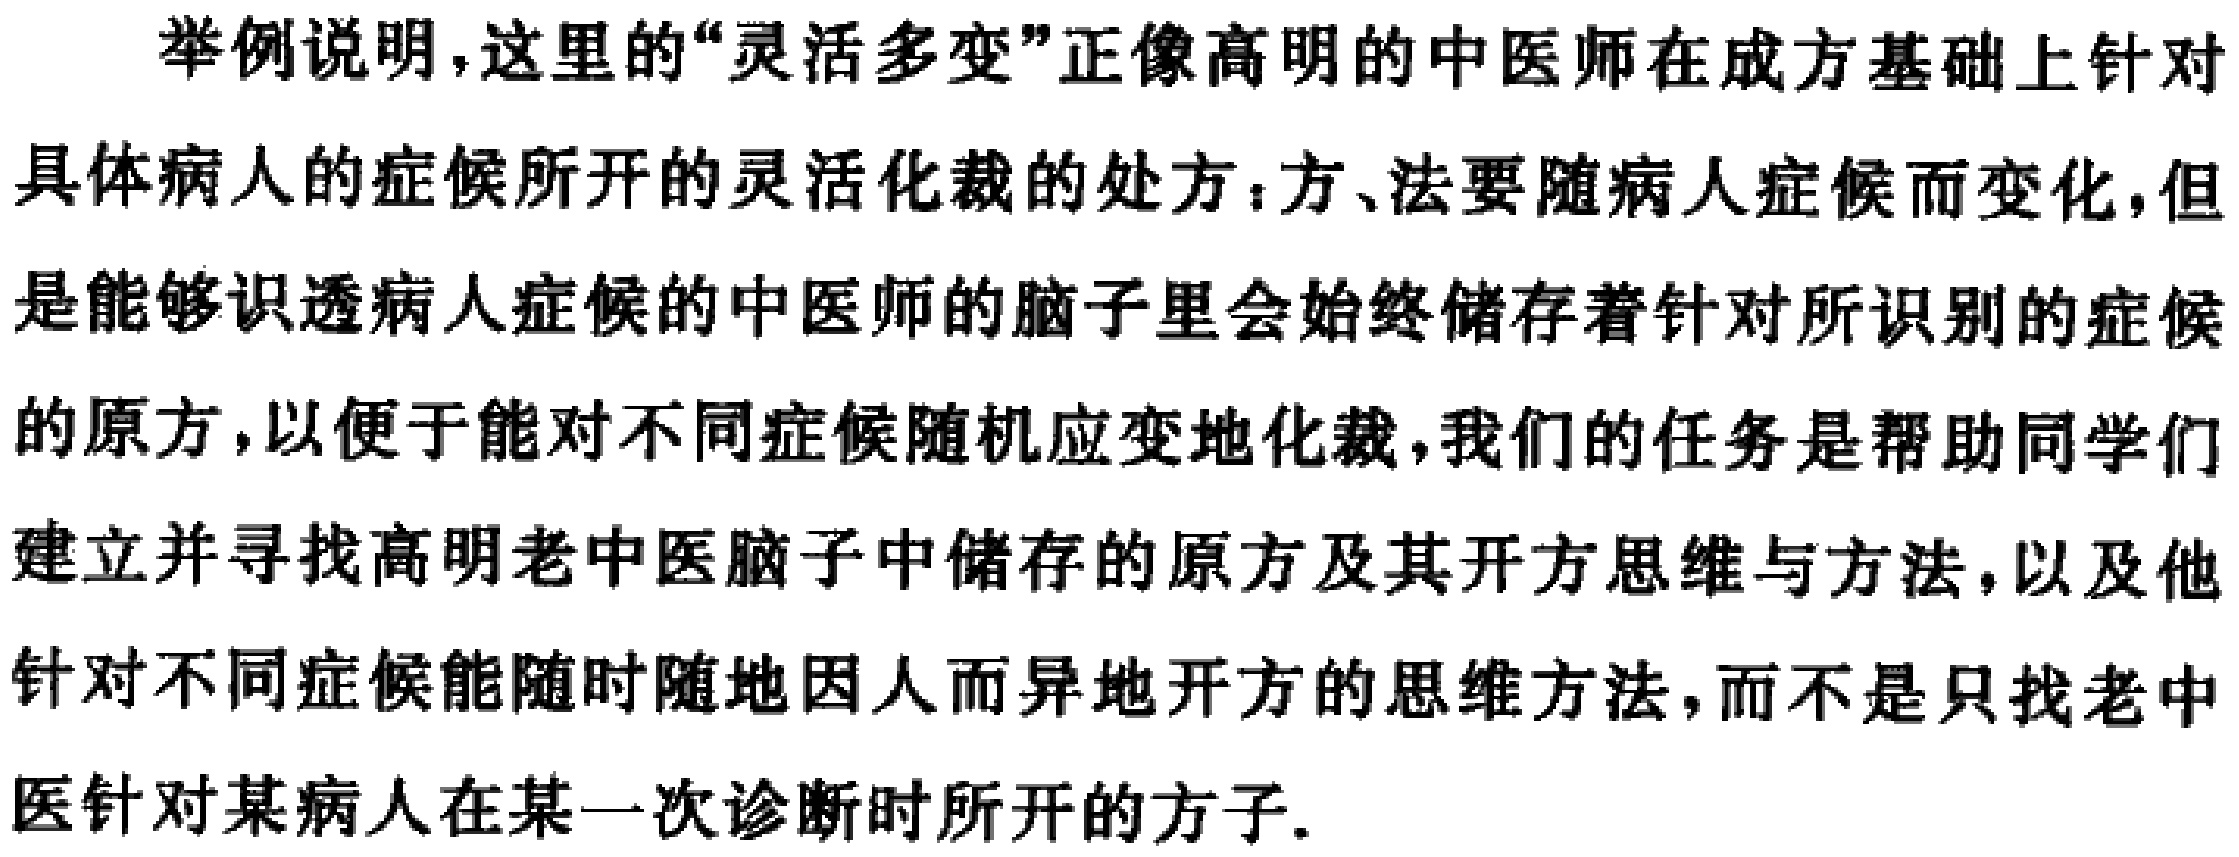
举例说明,这里的“灵活多变”正像高明的中医师在成方基础上针对具体病人的症候所开的灵活化裁的处方：方、法要随病人症候而变化,但是能够识透病人症候的中医师的脑子里会始终储存着针对所识别的症候的原方,以便于能对不同症候随机应变地化裁,我们的任务是帮助同学们建立并寻找高明老中医脑子中储存的原方及其开方思维与方法,以及他针对不同症候能随时随地因人而异地开方的思维方法,而不是只找老中医针对某病人在某一次诊断时所开的方子.